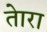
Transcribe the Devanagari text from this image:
तेारा